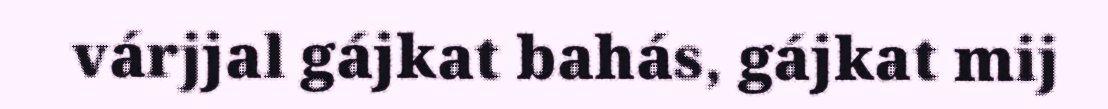
várjjal gájkat bahás, gájkat mij